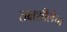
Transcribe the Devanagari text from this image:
तक्षशीलेचा